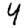
Digit: 4